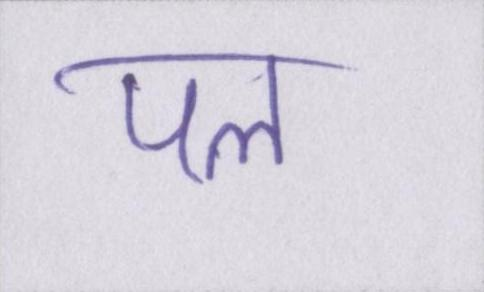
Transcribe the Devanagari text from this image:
पल